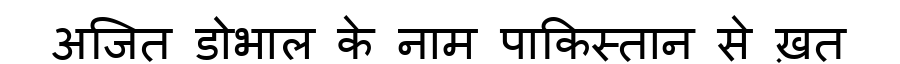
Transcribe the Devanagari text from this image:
अजित डोभाल के नाम पाकिस्तान से ख़त